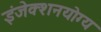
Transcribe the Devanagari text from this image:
इंजेक्शनयोग्य